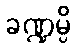
ခဏ္ဍမ္ပိ